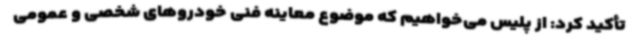
تأکید کرد: از پلیس می‌خواهیم که موضوع معاینه فنی خودروهای شخصی و عمومی